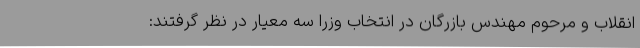
انقلاب و مرحوم مهندس بازرگان در انتخاب وزرا سه معیار در نظر گرفتند: